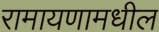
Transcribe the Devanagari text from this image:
रामायणामधील